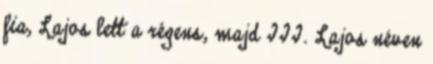
fia, Lajos lett a régens, majd III. Lajos néven